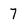
Character: 7